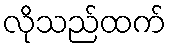
လိုသည်ထက်